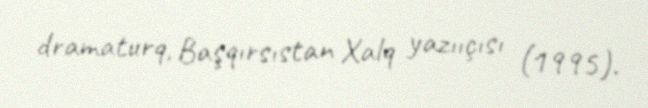
dramaturq, Başqırsıstan Xalq yazııçısı (1995).